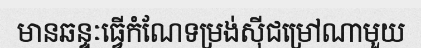
មានឆន្ទៈធ្វើកំណែទម្រង់ស៊ីជម្រៅណាមួយ